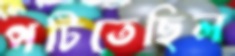
পটিতেছিল